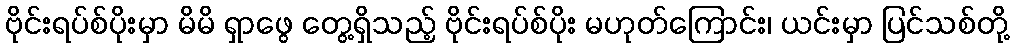
ဗိုင်းရပ်စ်ပိုးမှာ မိမိ ရှာဖွေ တွေ့ရှိသည့် ဗိုင်းရပ်စ်ပိုး မဟုတ်ကြောင်း၊ ယင်းမှာ ပြင်သစ်တို့